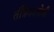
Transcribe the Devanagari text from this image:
तंत्रिकारोधी